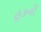
હૂકની